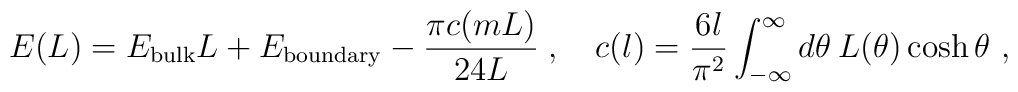
E(L)=E_{\mathrm{bulk}}L+E_{\mathrm{boundary}}-\frac{\pi c(mL)}{24L}\;,\quad c(l)=\frac{6l}{\pi ^{2}}\int ^{\infty }_{-\infty }d\theta \:L(\theta )\cosh \theta \ ,